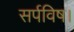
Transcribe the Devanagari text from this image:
सर्पविष।